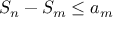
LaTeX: S _ { n } - S _ { m } \leq a _ { m }